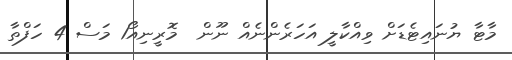
މާޓާ ޔުނައިޓެޑަށް ވިއްކާލީ އަހަރެންނެއް ނޫން  މޮރީނިއޯ1 މަސް 4 ހަފްތާ